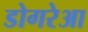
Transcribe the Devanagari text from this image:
डोगरेआ